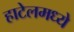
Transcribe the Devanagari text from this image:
हाटेलमध्ये